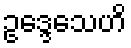
ဥဒ္ဒေသေဟိ